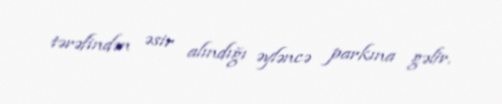
tərəfindən əsir alındığı əyləncə parkına gəlir.